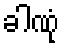
ခါဏုံ